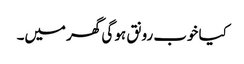
کیا خوب رونق ہو گی گھر میں۔